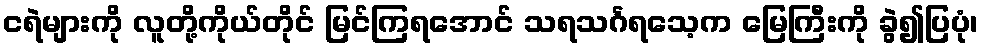
ငရဲများကို လူတို့ကိုယ်တိုင် မြင်ကြရအောင် သရသင်္ဂရသေ့က မြေကြီးကို ခွဲ၍ပြပုံ၊